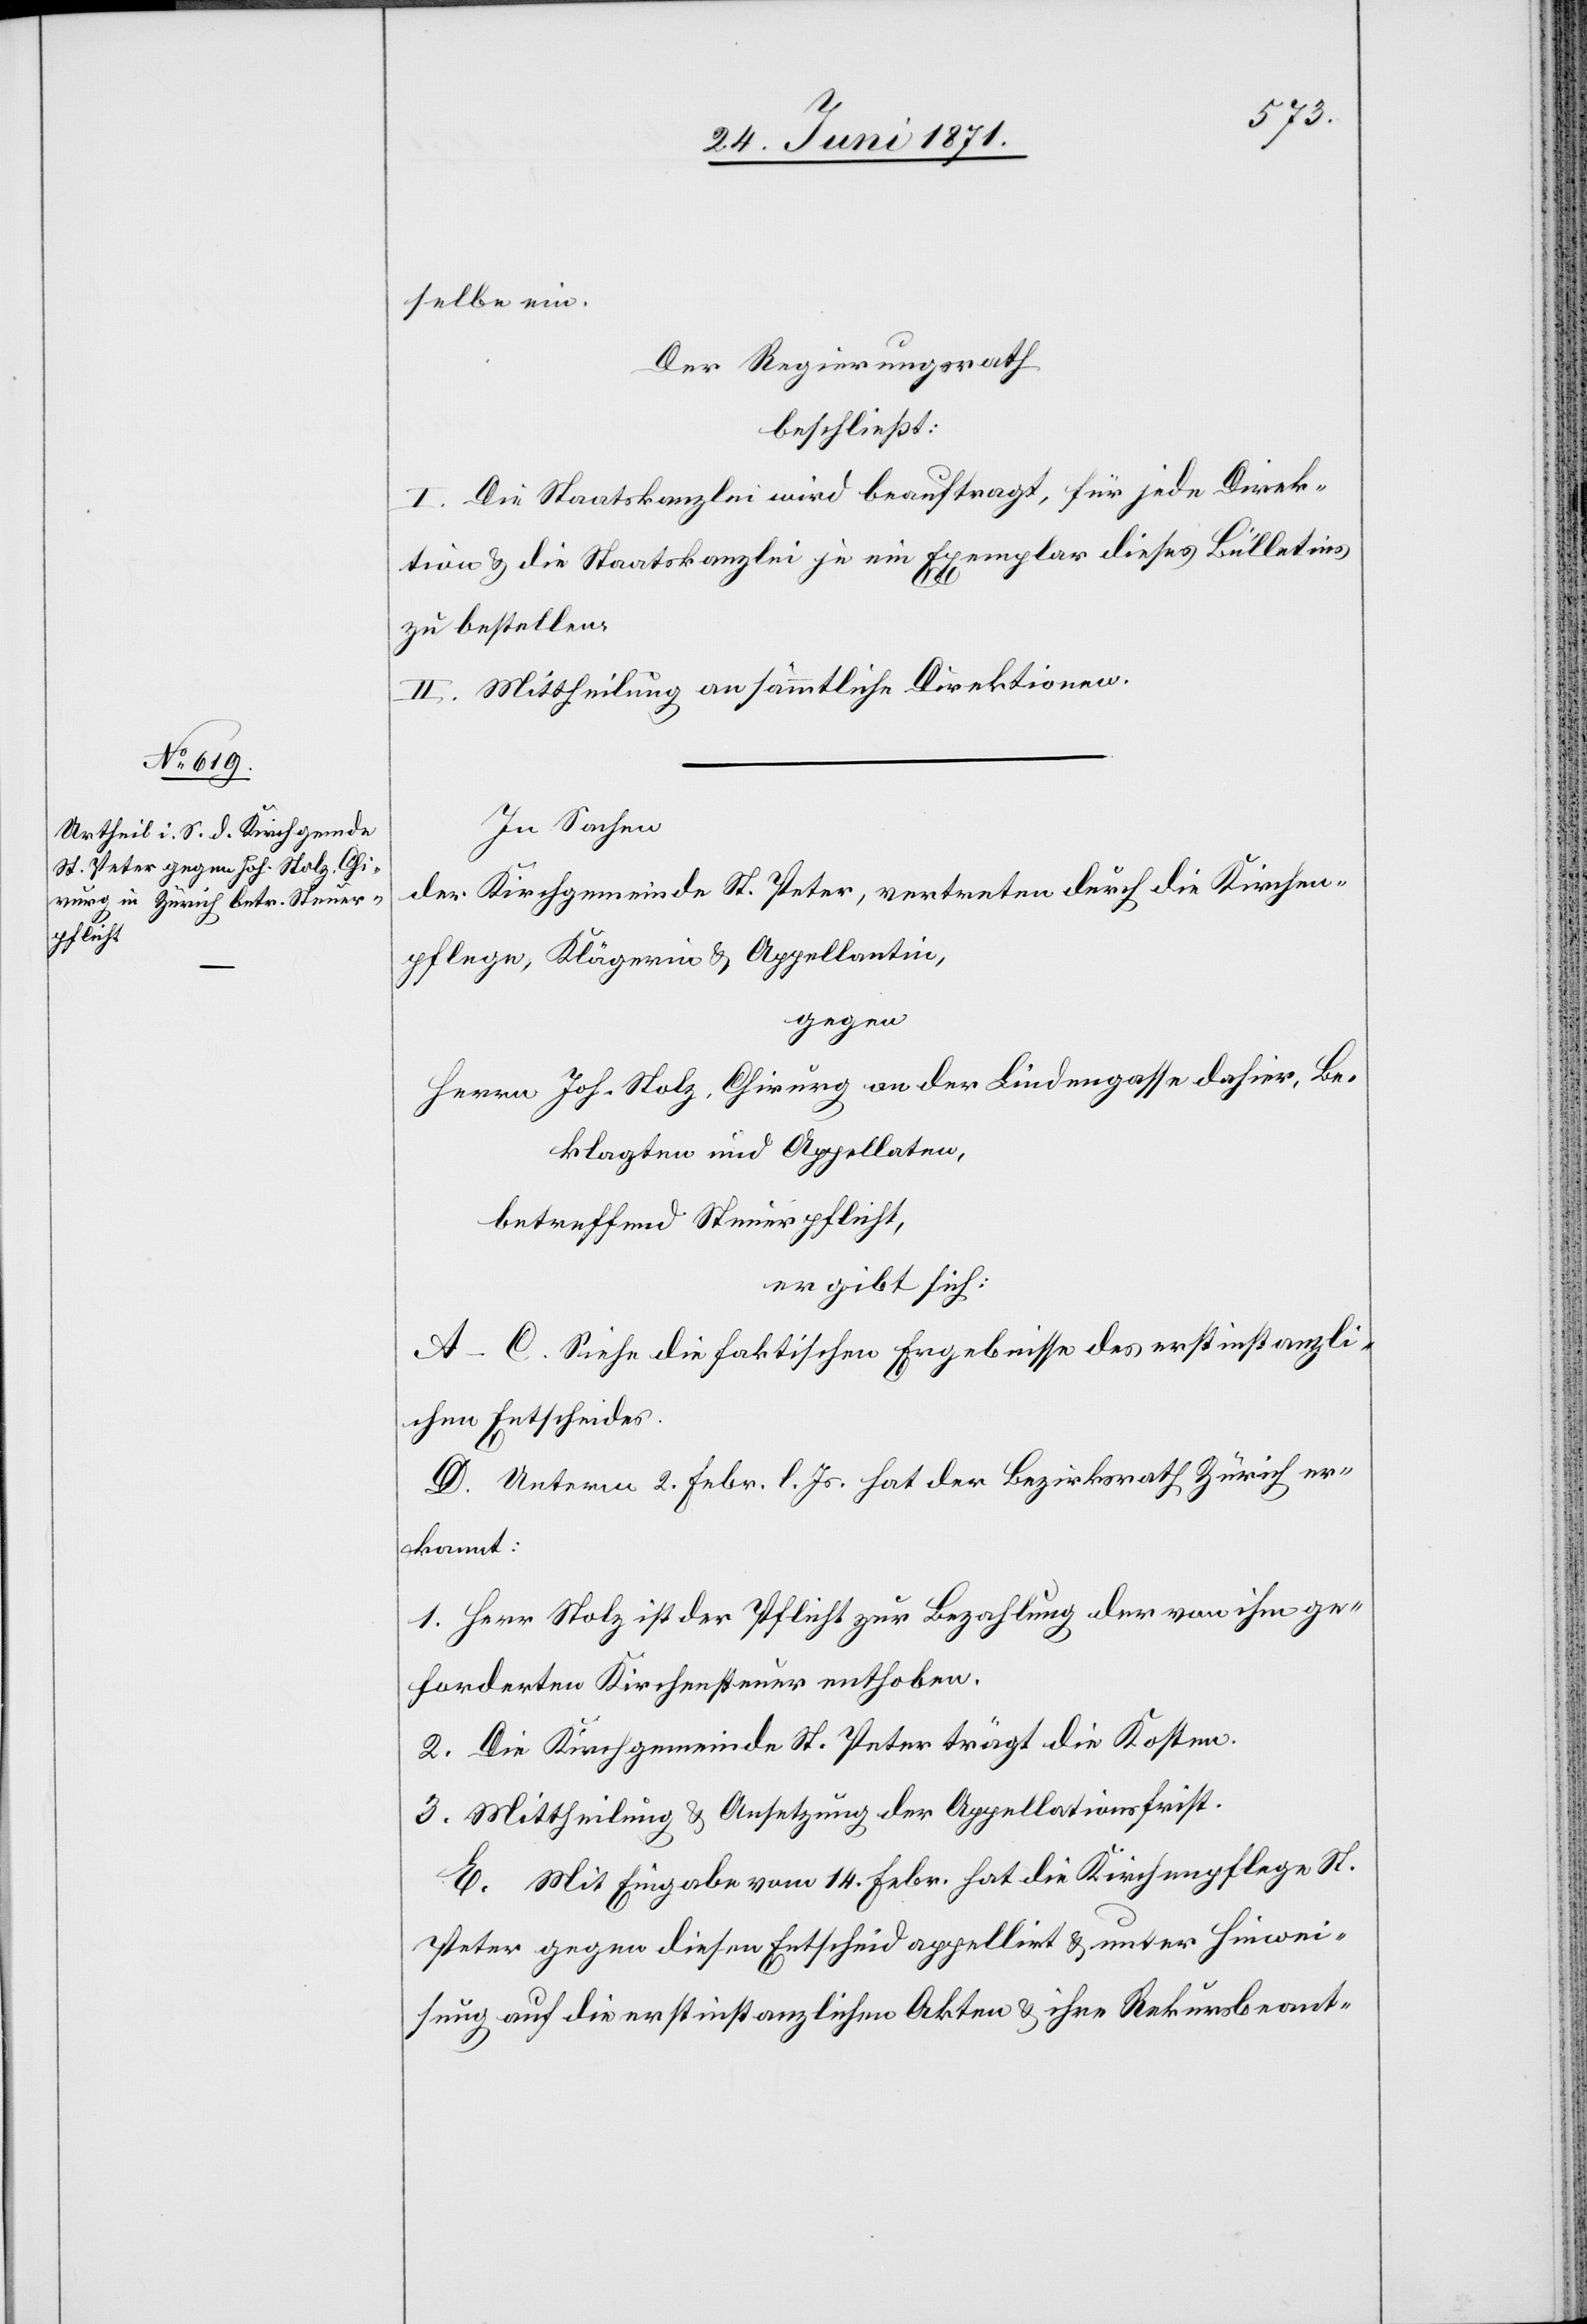
selben ein.
Der Regierungsrath
beschließt:
I. Die Staatskanzlei wird beauftragt, für jede Direk¬
tion u. die Staatskanzlei je ein Exemplar dieses Bülletins
zu bestellen.
II. Mittheilung an sämmtliche Direktion.
In Sachen
der Kirchgemeinde St. Peter, vertreten durch die Kirchen¬
pflege, Klägerin u. Appellantin,
gegen
Herrn Joh. Nolz, Chirurg an der Lindengasse dahier, Be¬
klagten und Appellaten,
betreffend Steuerpflicht,
ergibt sich:
A–C. Siehe die faktischen Ergebnisse des erstinstanzli¬
chen Entscheides.
D. Unterm 2. Febr. l. Js. hat der Bezirksrath Zürich er¬
kannt:
1. Herr Nolz ist der Pflicht zur Bezahlung der von ihm ge¬
forderten Kirchensteuer enthoben.
2. Die Kirchgemeinde St. Peter trägt die Kosten.
3. Mittheilung u. Ansetzung der Appellationsfrist.
E. Mit Eingabe vom 14. Febr. hat die Kirchenpflege St.
Peter gegen diesen Entscheid appellirt u. unter Hinwei¬
sung auf die erstinstanzlichen Akten u. ihre Rekursbeant-